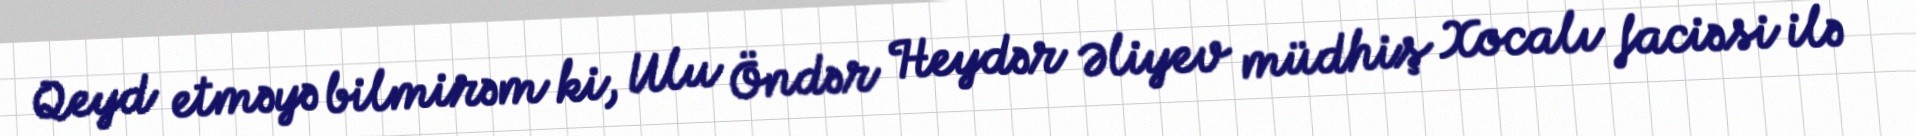
Qeyd etməyə bilmirəm ki, Ulu Öndər Heydər Əliyev müdhiş Xocalı faciəsi ilə